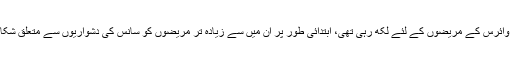
انہوں نے مزید بتایا کہ ان کی ٹیم دوائیں صرف کورونا وائرس کے مریضوں کے لئے لکھ رہی تھی، ابتدائی طور پر ان میں سے زیادہ تر مریضوں کو سانس کی دشواریوں سے متعلق شکایات تھی بعد ازاں ان مریضوں کا کورنا ٹیسٹ مثبت آیا۔